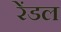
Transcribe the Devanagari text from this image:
रेंडल